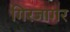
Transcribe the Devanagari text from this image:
गिरजागर